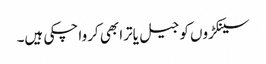
سینکڑوں کو جیل یاترا بھی کروا چکی ہیں۔